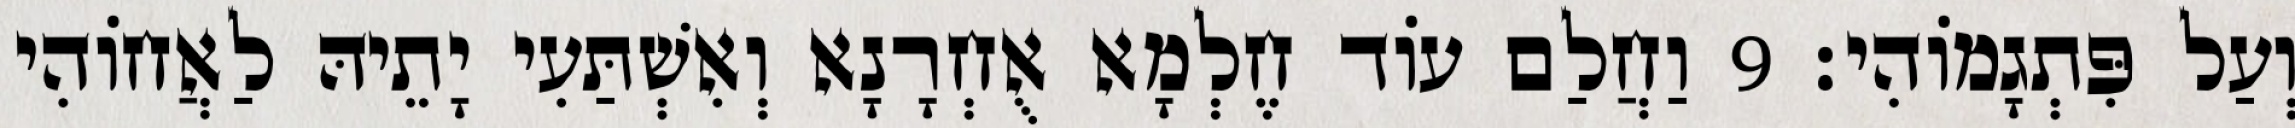
וְעַל פִּתְגָמוֹהִי׃ 9 וַחֲלַם עוֹד חֶלְמָא אֻחְרָנָא וְאִשְׁתַּעִי יָתֵיהּ לַאֲחוֹהִי